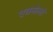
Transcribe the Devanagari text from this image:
एक्सेलो